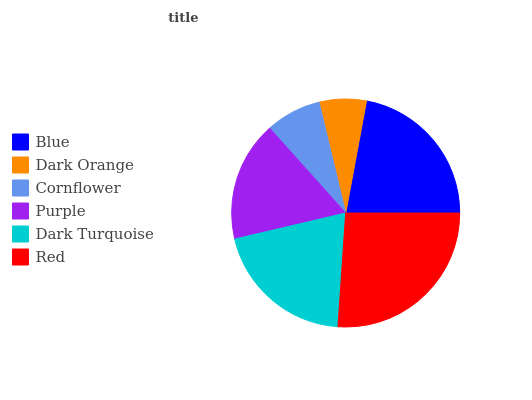
| Blue | Dark Orange | Cornflower | Purple | Dark Turquoise | Red |
 | --- | --- | --- | --- | --- | --- |
 | 22.1% | 6.67% | 7.88% | 17% | 20.2% | 26.1% |